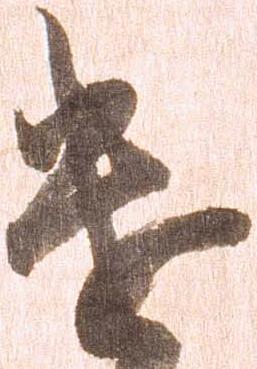
遣